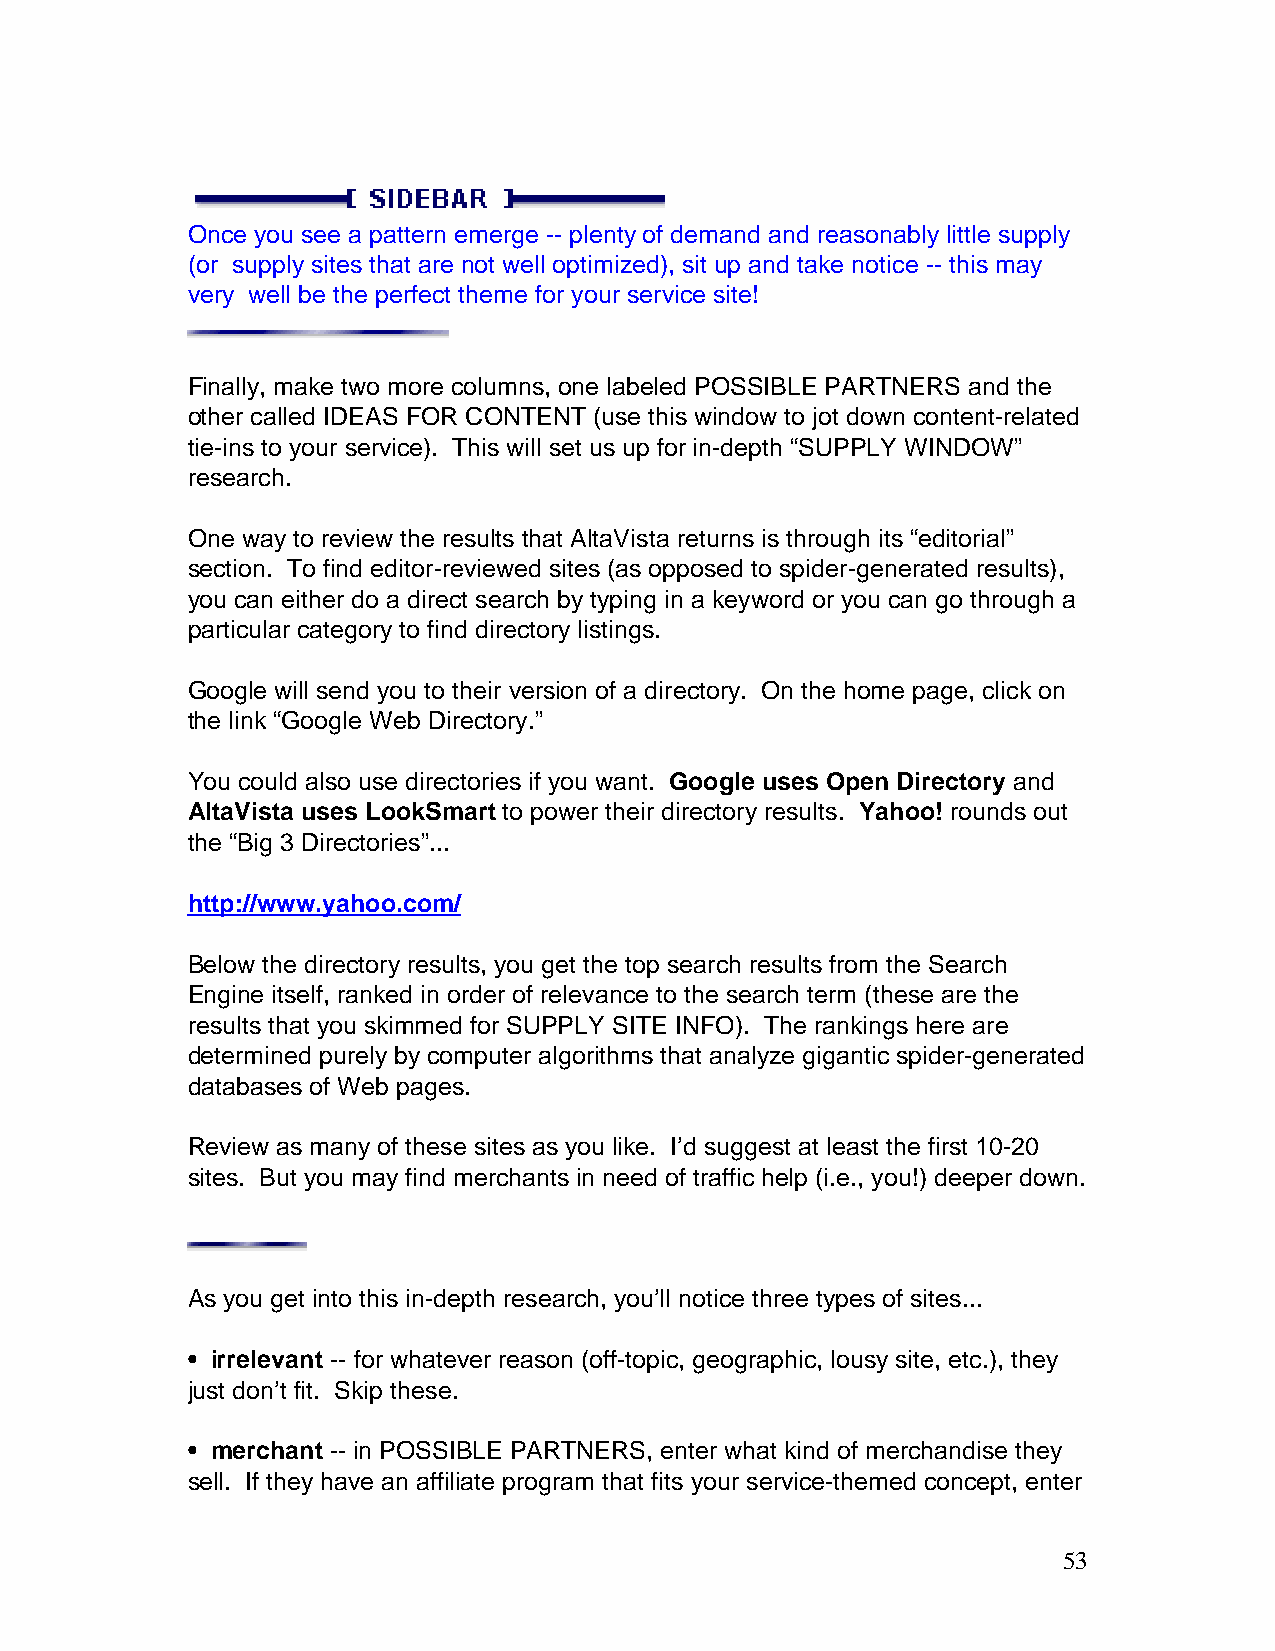
Once you see a pattern emerge -- plenty of demand and reasonably little supply
 (or supply sites that are not well optimized), sit up and take notice -- this may
 very well be the perfect theme for your service site!
 Finally, make two more columns, one labeled POSSIBLE PARTNERS and the
 other called IDEAS FOR CONTENT (use this window to jot down content-related
 tie-ins to your service). This will set us up for in-depth “SUPPLY WINDOW”
 research.
 One way to review the results that AltaVista returns is through its “editorial”
 section. To find editor-reviewed sites (as opposed to spider-generated results),
 you can either do a direct search by typing in a keyword or you can go through a
 particular category to find directory listings.
 Google will send you to their version of a directory. On the home page, click on
 the link “Google Web Directory.”
 You could also use directories if you want. Google uses Open Directory and
 AltaVista uses LookSmart to power their directory results. Yahoo! rounds out
 the “Big 3 Directories”...
 http://www.yahoo.com/
 Below the directory results, you get the top search results from the Search
 Engine itself, ranked in order of relevance to the search term (these are the
 results that you skimmed for SUPPLY SITE INFO). The rankings here are
 determined purely by computer algorithms that analyze gigantic spider-generated
 databases of Web pages.
 Review as many of these sites as you like. I’d suggest at least the first 10-20
 sites. But you may find merchants in need of traffic help (i.e., you!) deeper down.
 As you get into this in-depth research, you’ll notice three types of sites...
 • irrelevant -- for whatever reason (off-topic, geographic, lousy site, etc.), they
 just don’t fit. Skip these.
 • merchant -- in POSSIBLE PARTNERS, enter what kind of merchandise they
 sell. If they have an affiliate program that fits your service-themed concept, enter
 53